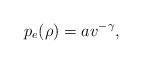
LaTeX: \begin{align*}p_e(\rho)=a v^{-\gamma},\end{align*}